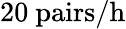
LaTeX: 20\ \mathrm{pairs/h}